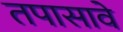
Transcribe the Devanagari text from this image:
तपासावे